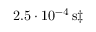
2 . 5 \cdot 1 0 ^ { - 4 } \, \mathrm { s } \ddagger